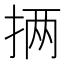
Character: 𪭵